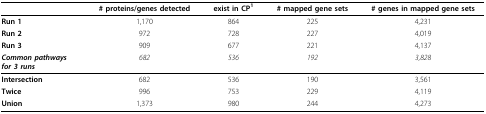
<table><thead><tr><td></td><td><b># proteins/genes detected </b></td><td><b>exist in CP<sup>1</sup></b></td><td><b># mapped gene sets </b></td><td><b># genes in mapped gene sets </b></td></tr></thead><tbody><tr><td><b>Run 1 </b></td><td>1,170</td><td>864</td><td>225</td><td>4,231</td></tr><tr><td><b>Run 2 </b></td><td>972</td><td>728</td><td>227</td><td>4,019</td></tr><tr><td><b>Run 3 </b></td><td>909</td><td>677</td><td>221</td><td>4,137</td></tr><tr><td><b><i>Common pathways</i></b><b><i>for 3 runs </i></b></td><td><i>682 </i></td><td><i>536 </i></td><td><i>192 </i></td><td><i>3,828 </i></td></tr><tr><td><b>Intersection </b></td><td>682</td><td>536</td><td>190</td><td>3,561</td></tr><tr><td><b>Twice </b></td><td>996</td><td>753</td><td>229</td><td>4,119</td></tr><tr><td><b>Union </b></td><td>1,373</td><td>980</td><td>244</td><td>4,273</td></tr></tbody></table>